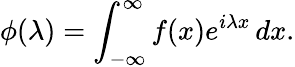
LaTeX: \phi(\lambda)=\int_{-\infty}^{\infty}f(x)e^{i\lambda x}\, dx.